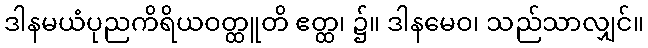
ဒါနမယံပုညကိရိယဝတ္ထူတိ ဧတ္ထ၊ ၌။ ဒါနမေဝ၊ သည်သာလျှင်။